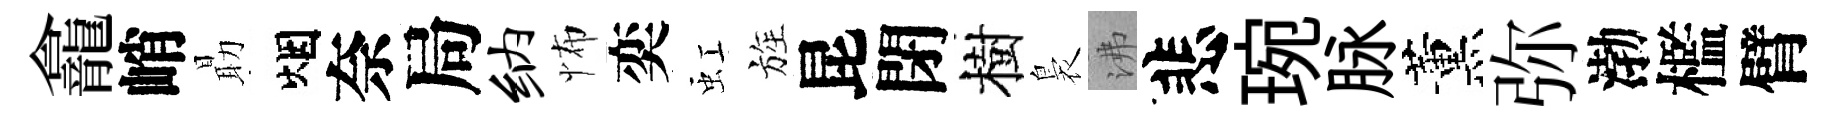
龕峭朂烟奈局纳怖奕虹旌昆閉樹裊沸悲琬脉薰弥渤檻臂